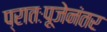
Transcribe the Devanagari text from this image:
प्रातःपूजेनंतर